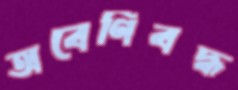
অবেণিবদ্ধ